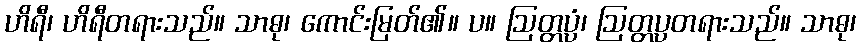
ဟိရီ၊ ဟိရီတရားသည်။ သာဓု၊ ကောင်းမြတ်၏။ ပ။ ဩတ္တပ္ပံ၊ ဩတ္တပ္ပတရားသည်။ သာဓု၊